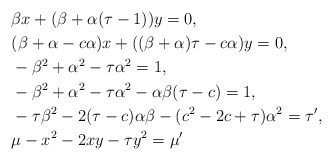
\begin{align*}&\beta x+ (\beta+\alpha(\tau-1))y=0,\\&(\beta+\alpha-c\alpha)x + ((\beta+\alpha)\tau-c\alpha)y=0,\\&-\beta^2+\alpha^2 - \tau \alpha^2 = 1,\\&-\beta^2+\alpha^2 - \tau \alpha^2 - \alpha\beta(\tau-c)=1,\\&-\tau \beta^2 - 2(\tau-c)\alpha\beta - (c^2-2c+\tau)\alpha^2=\tau',\\&\mu-x^2-2xy-\tau y^2 = \mu'\end{align*}